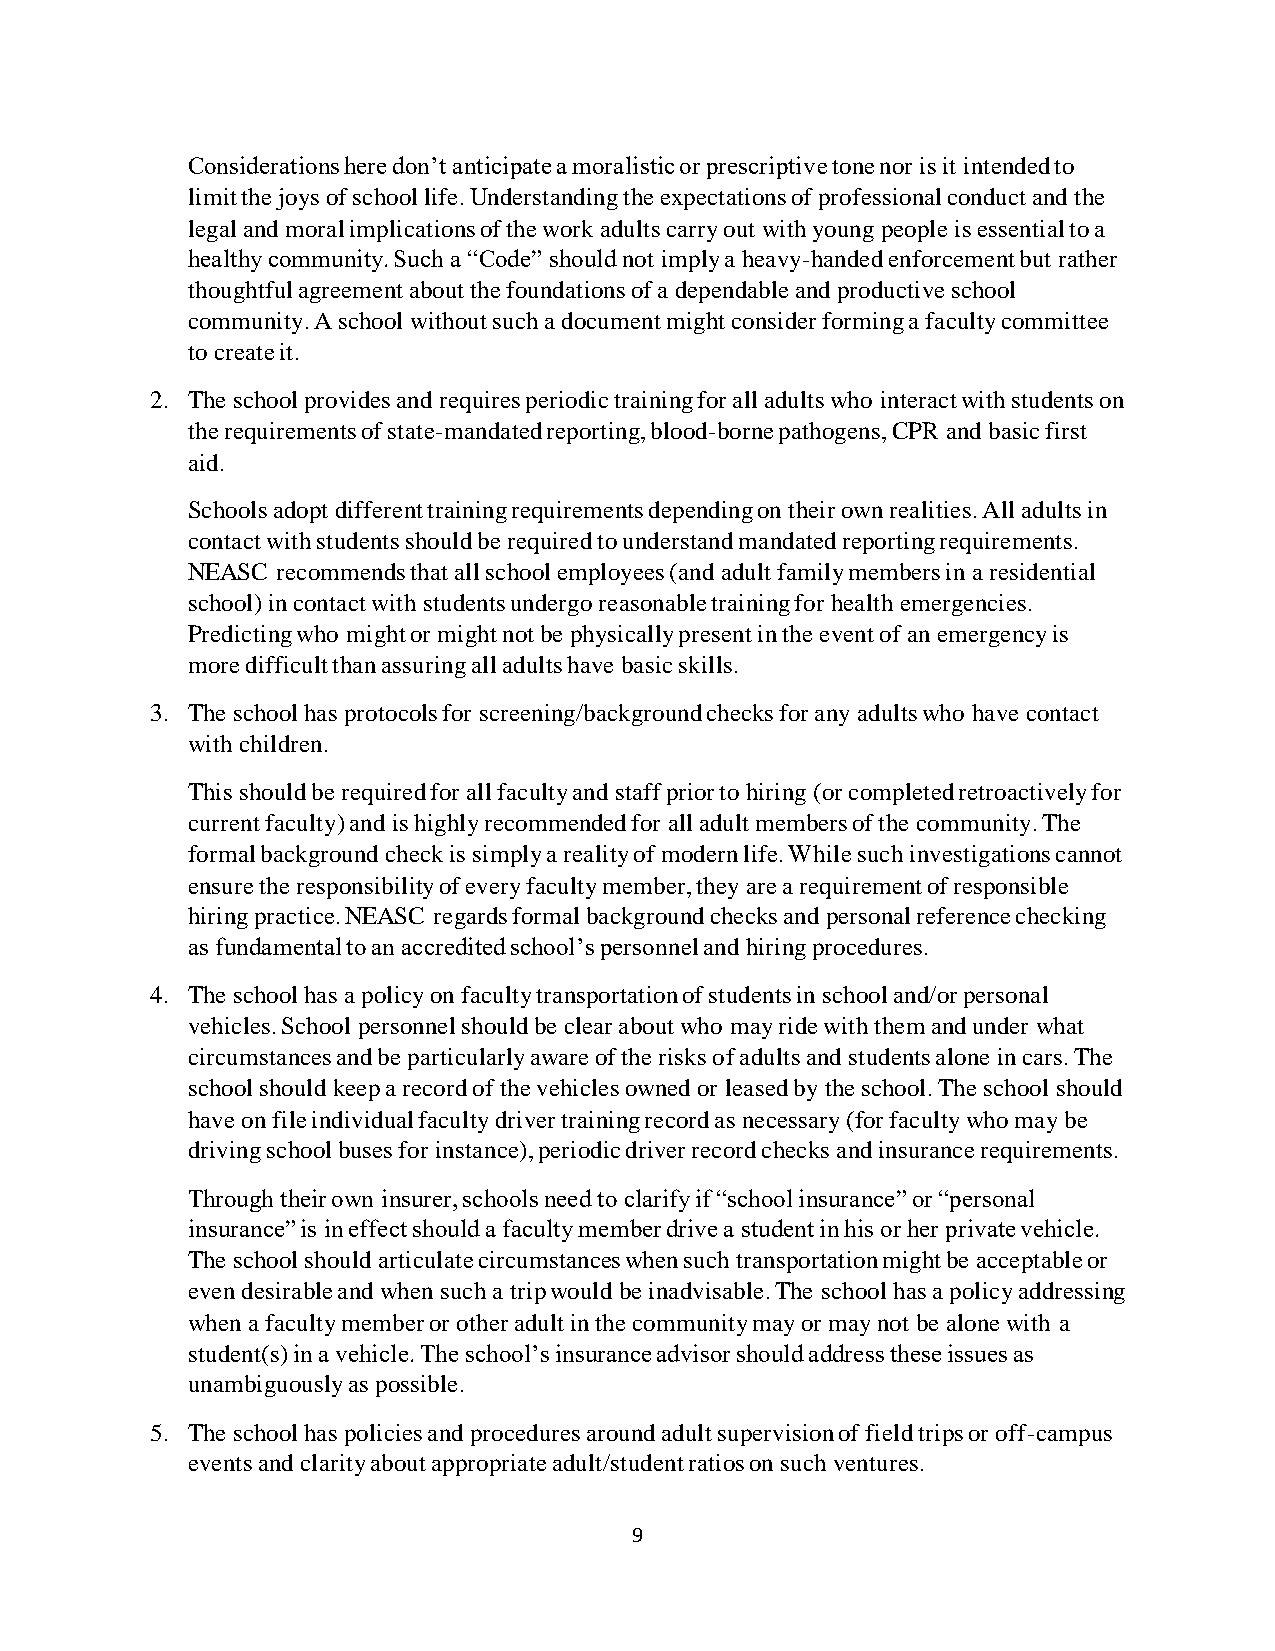
Considerations here don’t anticipate a moralistic or prescriptive tone nor is it intended to
 limit the joys of school life. Understanding the expectations of professional conduct and the
 legal and moral implications of the work adults carry out with young people is essential to a
 healthy community. Such a “Code” should not imply a heavy-handed enforcement but rather
 thoughtful agreement about the foundations of a dependable and productive school
 community. A school without such a document might consider forming a faculty committee
 to create it.
 2. The school provides and requires periodic training for all adults who interact with students on
 the requirements of state-mandated reporting, blood-borne pathogens, CPR and basic first
 aid.
 Schools adopt different training requirements depending on their own realities. All adults in
 contact with students should be required to understand mandated reporting requirements.
 NEASC recommends that all school employees (and adult family members in a residential
 school) in contact with students undergo reasonable training for health emergencies.
 Predicting who might or might not be physically present in the event of an emergency is
 more difficult than assuring all adults have basic skills.
 3. The school has protocols for screening/background checks for any adults who have contact
 with children.
 This should be required for all faculty and staff prior to hiring (or completed retroactively for
 current faculty) and is highly recommended for all adult members of the community. The
 formal background check is simply a reality of modern life. While such investigations cannot
 ensure the responsibility of every faculty member, they are a requirement of responsible
 hiring practice. NEASC regards formal background checks and personal reference checking
 as fundamental to an accredited school’s personnel and hiring procedures.
 4. The school has a policy on faculty transportation of students in school and/or personal
 vehicles. School personnel should be clear about who may ride with them and under what
 circumstances and be particularly aware of the risks of adults and students alone in cars. The
 school should keep a record of the vehicles owned or leased by the school. The school should
 have on file individual faculty driver training record as necessary (for faculty who may be
 driving school buses for instance), periodic driver record checks and insurance requirements.
 Through their own insurer, schools need to clarify if “school insurance” or “personal
 insurance” is in effect should a faculty member drive a student in his or her private vehicle.
 The school should articulate circumstances when such transportation might be acceptable or
 even desirable and when such a trip would be inadvisable. The school has a policy addressing
 when a faculty member or other adult in the community may or may not be alone with a
 student(s) in a vehicle. The school’s insurance advisor should address these issues as
 unambiguously as possible.
 5. The school has policies and procedures around adult supervision of field trips or off-campus
 events and clarity about appropriate adult/student ratios on such ventures.
 9